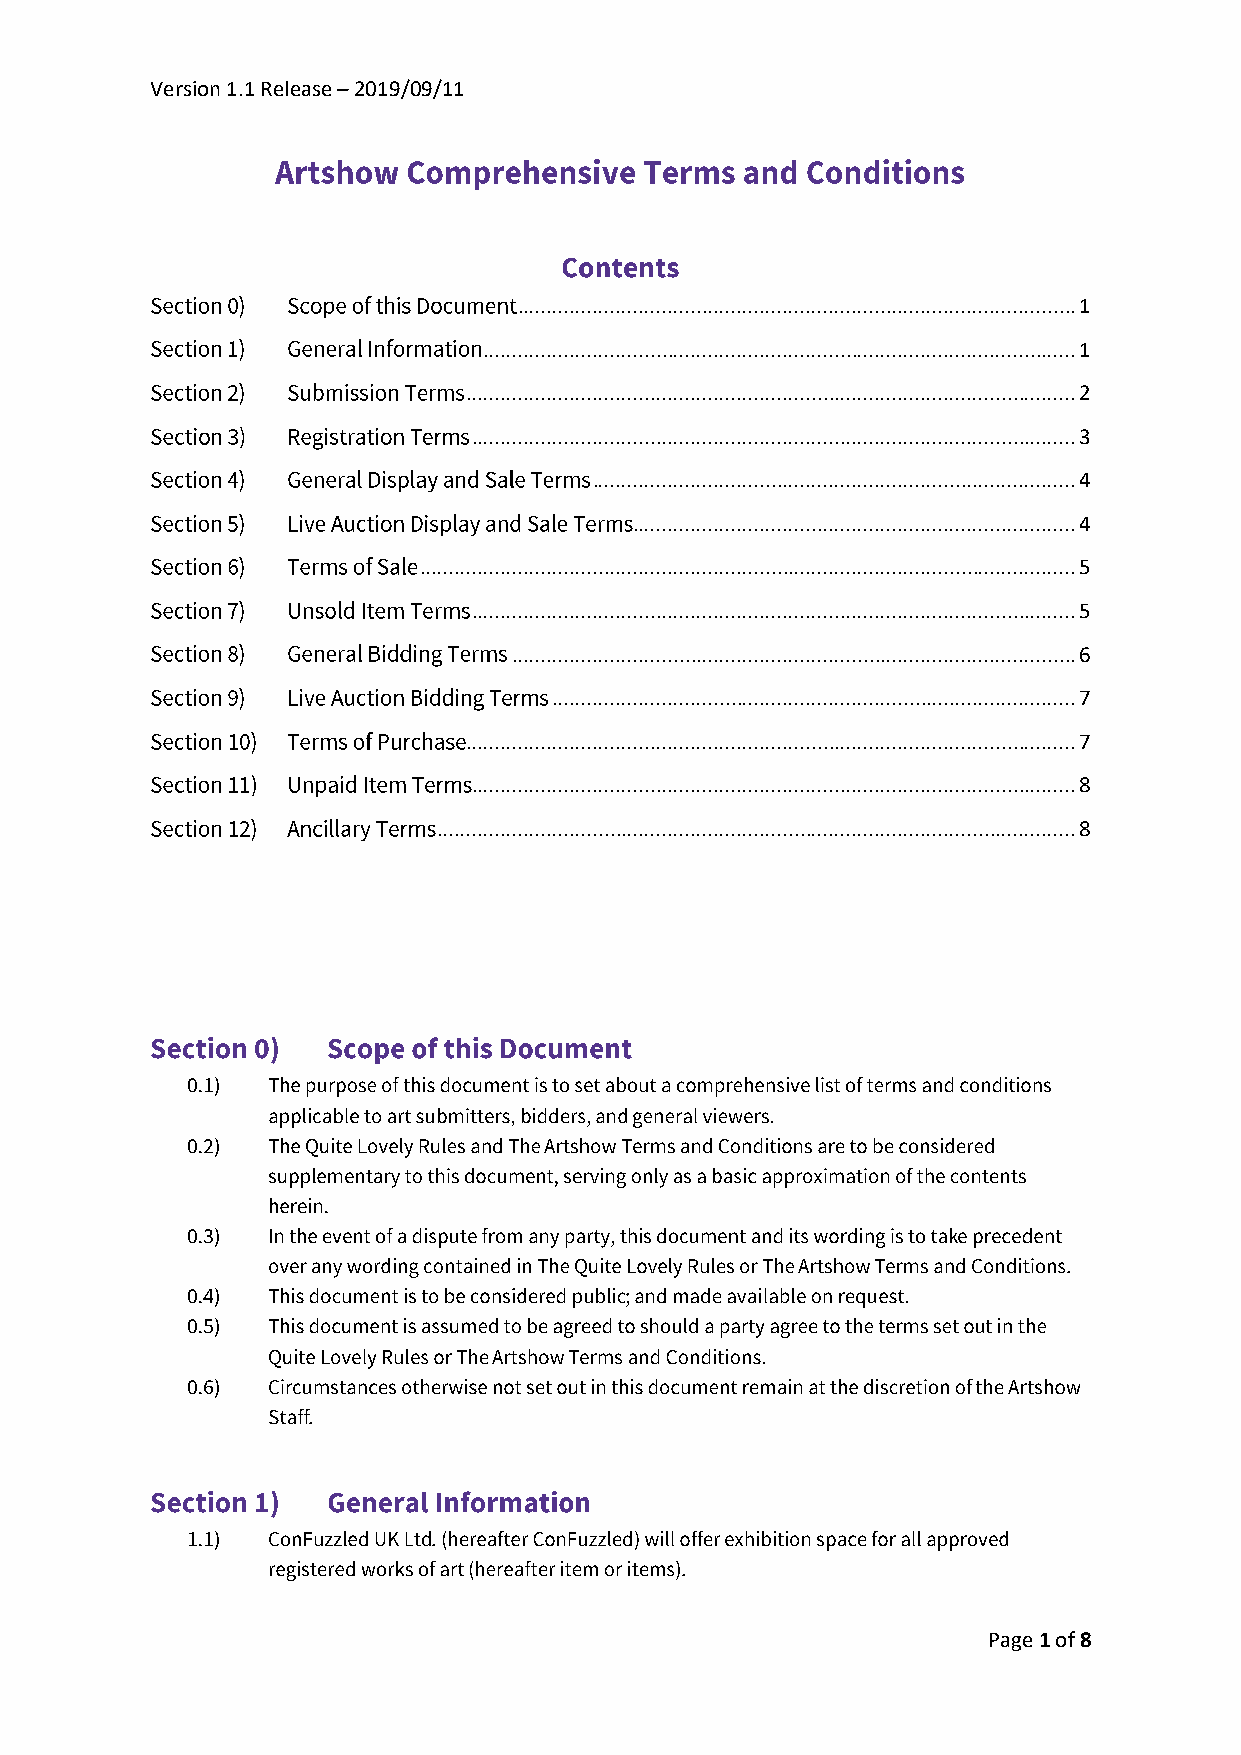
Version 1.1 Release – 2019/09/11
 ................................................................................................. 1
 ....................................................................................................... 1
 .......................................................................................................... 2
 ......................................................................................................... 3
 .................................................................................... 4
 ............................................................................. 4
 .................................................................................................................. 5
 ......................................................................................................... 5
 .................................................................................................. 6
 ........................................................................................... 7
 .......................................................................................................... 7
 ......................................................................................................... 8
 ............................................................................................................... 8
 Page 1 of 8